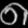
Digit: ၈